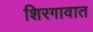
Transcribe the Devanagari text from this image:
शिरगावात